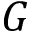
G